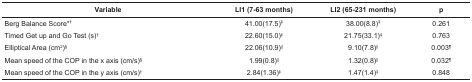
| Variable | LI1 (7-63 months) | LI2 (65-231 months) | p |
 | --- | --- | --- | --- |
 | Berg Balance Score*† | 41.00(17.5)‡ | 38.00(8.8)‡ | 0.261 |
 | Timed Get up and Go Test (s)† | 22.60(15.0)‡ | 21.75(33.1)‡ | 0.763 |
 | Elliptical Area (cm2)§ | 22.06(10.9)|| | 9.10(7.8)|| | 0.003¶ |
 | Mean speed of the COP in the x axis(cm/s)§ | 1.99(0.8)|| | 1.32(0.8)|| | 0.032¶ |
 | Mean speed of the COP in the y axis(cm/s)† | 2.84(1.36)‡ | 1.47(1.4)‡ | 0.848 |